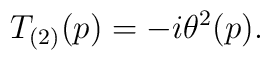
T_{(2)}(p)=-i\theta ^{2}(p).